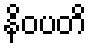
နိဝပတိ